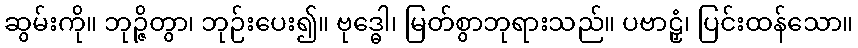
ဆွမ်းကို။ ဘုဉ္ဇိတွာ၊ ဘုဉ်းပေး၍။ ဗုဒ္ဓေါ၊ မြတ်စွာဘုရားသည်။ ပဗာဠှံ၊ ပြင်းထန်သော။